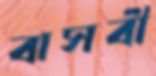
বাসবী